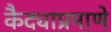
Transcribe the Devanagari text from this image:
कैद्याप्रमाणे